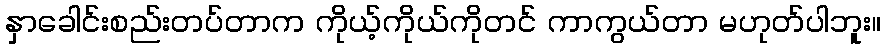
နှာခေါင်းစည်းတပ်တာက ကိုယ့်ကိုယ်ကိုတင် ကာကွယ်တာ မဟုတ်ပါဘူး။